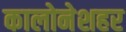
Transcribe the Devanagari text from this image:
कालोनेशहर